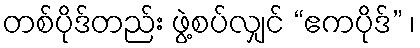
တစ်ပိုဒ်တည်း ဖွဲ့စပ်လျှင် “ဧကပိုဒ်” ၊